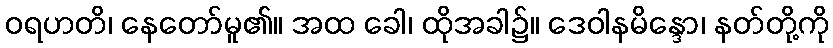
ဝရဟတိ၊ နေတော်မူ၏။ အထ ခေါ၊ ထိုအခါ၌။ ဒေဝါနမိန္ဒော၊ နတ်တို့ကို